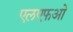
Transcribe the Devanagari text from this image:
एलएफओ